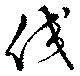
佼